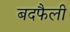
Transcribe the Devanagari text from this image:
बदफैली